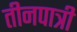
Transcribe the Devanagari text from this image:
तीनपात्री